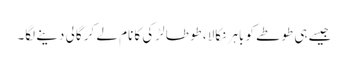
جیسے ہی طوطے کو باہر نکالا، طوطا لڑکی کا نام لے کر گالی دینے لگا۔